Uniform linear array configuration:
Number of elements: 8
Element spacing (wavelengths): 0.5
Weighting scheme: blackman
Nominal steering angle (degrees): -60
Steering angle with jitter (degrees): -58.306
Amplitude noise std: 0.05
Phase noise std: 0.05

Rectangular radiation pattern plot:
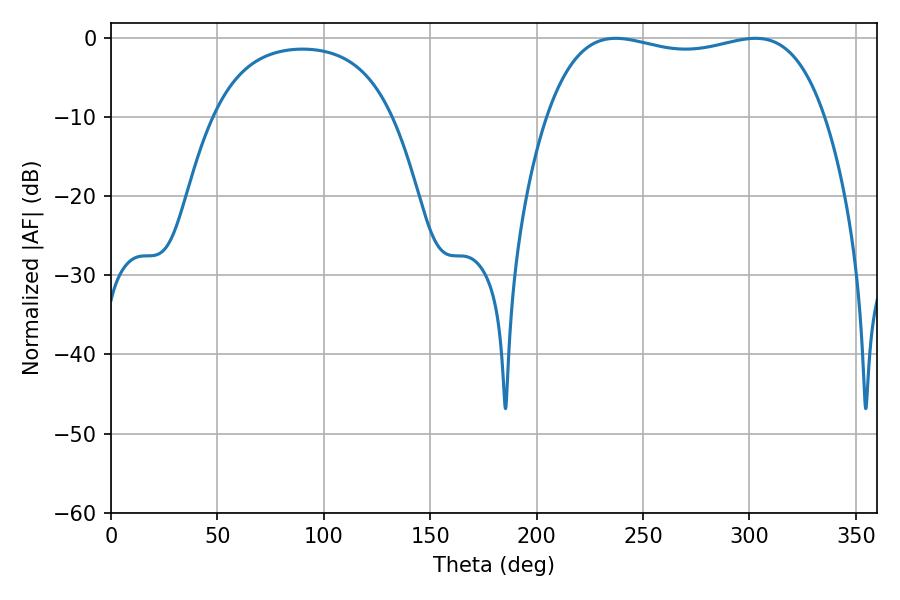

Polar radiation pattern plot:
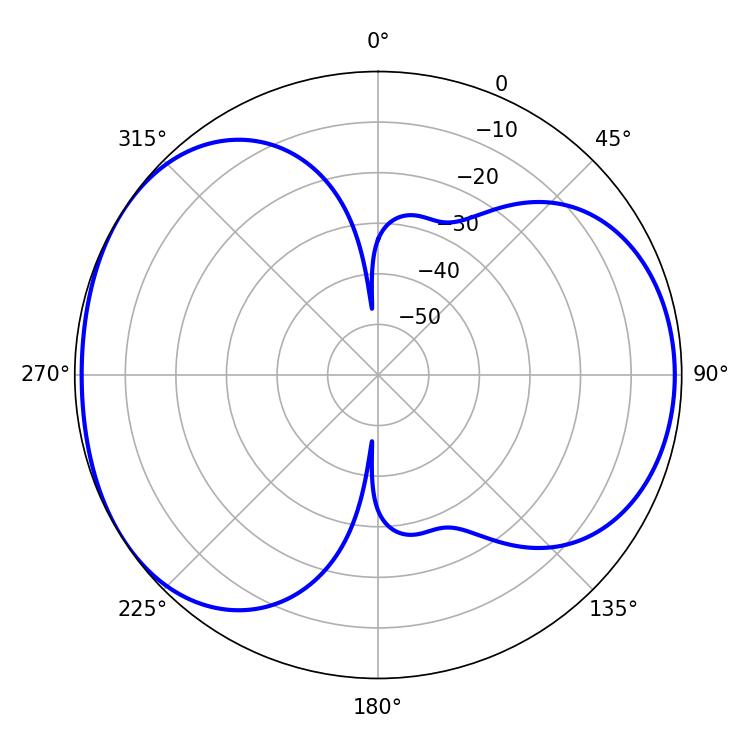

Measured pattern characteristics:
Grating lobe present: FALSE
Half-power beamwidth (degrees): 105.84
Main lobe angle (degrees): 302.76